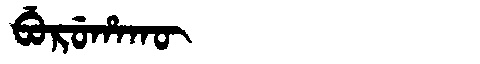
Manchu: ᠪᡠᡵᡠᡥᠠᡴᡡ
Romanization: BURUHAKŪ